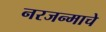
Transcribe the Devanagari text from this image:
नरजन्माचे